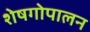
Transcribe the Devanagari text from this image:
शेषगोपालन